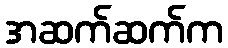
အဆက်ဆက်က